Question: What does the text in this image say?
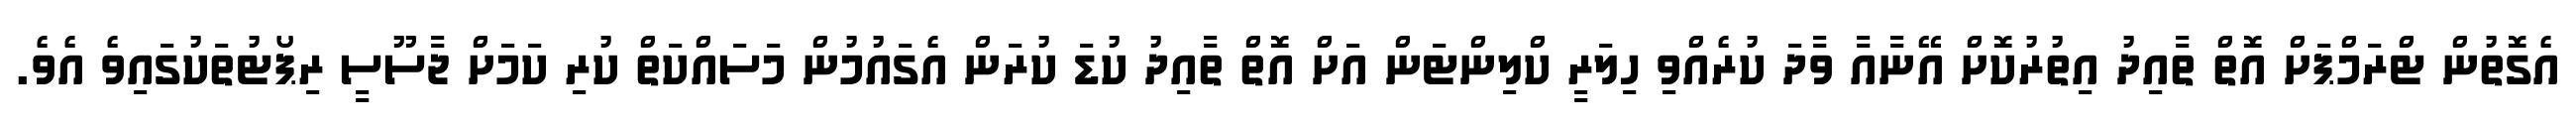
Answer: އެގޮތުން ޓްރަމްޕަށް އޮތް ތާއިދު އިތުރުކޮށް އޭނާއާ ވާދަ ކުރެއްވި ހިލަރީ ކްލިންޓަން އަށް އޮތް ތާއިދު ކުޑަ ކުރަން އެގައުމުން މަސައްކަތް ކުރި ކަމަށް ޖާސޫސީ ރިޕޯޓުތަކުގައިވެ އެވެ.